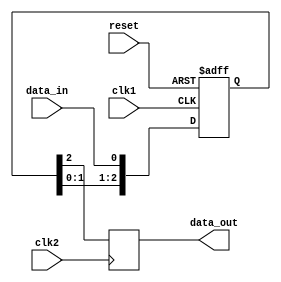
module synchronizer (
    input wire clk1,  // Clock signal for input
    input wire clk2,  // Clock signal for output
    input wire reset, // Reset signal
    input wire data_in, // Input data signal
    
    output reg data_out // Synchronized output data signal
);

reg [2:0] ff; // Three flip-flops

always @(posedge clk1 or posedge reset) begin
    if (reset) begin
        ff <= 3'b0; // Reset all flip-flops
    end else begin
        ff <= {ff[1:0], data_in}; // Shift input data through flip-flops
    end
end

always @(posedge clk2) begin
    data_out <= ff[2]; // Output synchronized data from third flip-flop
end

endmodule